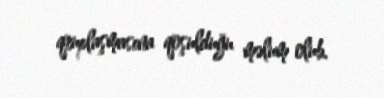
qruplaşmasına qoşulduğu məlum olub.